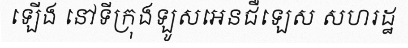
ឡើង នៅទីក្រុងឡូសអេនជឺឡេស សហរដ្ឋ